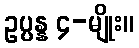
ဥပ္ပန္န ၄-မျိုး။